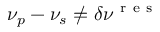
\nu _ { p } - \nu _ { s } \ne \delta \nu ^ { \mathrm { ~ r ~ e ~ s ~ } }